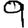
Digit: 9